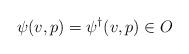
LaTeX: \begin{align*}\psi(v,p) = \psi^\dagger(v,p) \in O\end{align*}